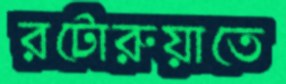
রটোরুয়াতে